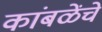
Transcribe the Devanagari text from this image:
कांबळेंचे